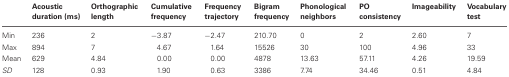
|  | Acoustic duration (ms) | Orthographic length | Cumulative frequency | Frequency trajectory | Bigram frequency | Phonological neighbors | PO consistency | Imageability | Vocabulary test |
 | --- | --- | --- | --- | --- | --- | --- | --- | --- | --- |
 | Min | 236 | 2 | −3.87 | −2.47 | 210.70 | 0 | 2 | 2.60 | 7 |
 | Max | 894 | 7 | 4.67 | 1.64 | 15526 | 30 | 100 | 4.96 | 33 |
 | Mean | 629 | 4.84 | 0.00 | 0.00 | 4878 | 13.63 | 57.11 | 4.26 | 19.59 |
 | SD | 128 | 0.93 | 1.90 | 0.63 | 3386 | 7.74 | 34.46 | 0.51 | 4.84 |